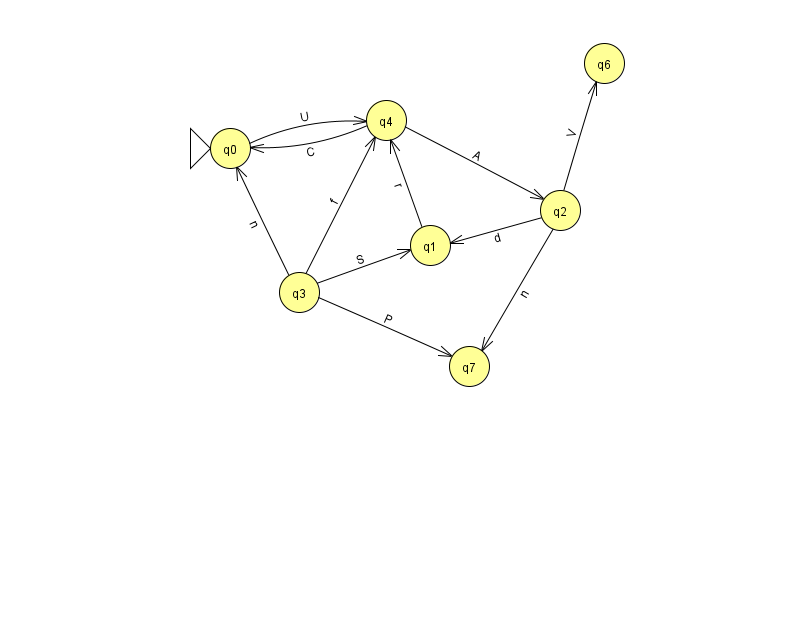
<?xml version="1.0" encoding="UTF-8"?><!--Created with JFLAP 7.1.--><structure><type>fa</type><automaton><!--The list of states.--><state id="0" name="q0"><x>230.0</x><y>135.0</y><initial/></state><state id="1" name="q1"><x>430.0</x><y>232.0</y></state><state id="2" name="q2"><x>560.0</x><y>197.0</y></state><state id="3" name="q3"><x>299.0</x><y>279.0</y></state><state id="4" name="q4"><x>386.0</x><y>107.0</y></state><state id="6" name="q6"><x>604.0</x><y>50.0</y></state><state id="7" name="q7"><x>469.0</x><y>353.0</y></state><!--The list of transitions.--><transition><from>0</from><to>4</to><read>U</read></transition><transition><from>2</from><to>7</to><read>n</read></transition><transition><from>2</from><to>6</to><read>V</read></transition><transition><from>4</from><to>2</to><read>A</read></transition><transition><from>3</from><to>4</to><read>f</read></transition><transition><from>4</from><to>0</to><read>C</read></transition><transition><from>3</from><to>7</to><read>P</read></transition><transition><from>3</from><to>0</to><read>n</read></transition><transition><from>1</from><to>4</to><read>r</read></transition><transition><from>3</from><to>1</to><read>S</read></transition><transition><from>2</from><to>1</to><read>d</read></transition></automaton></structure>